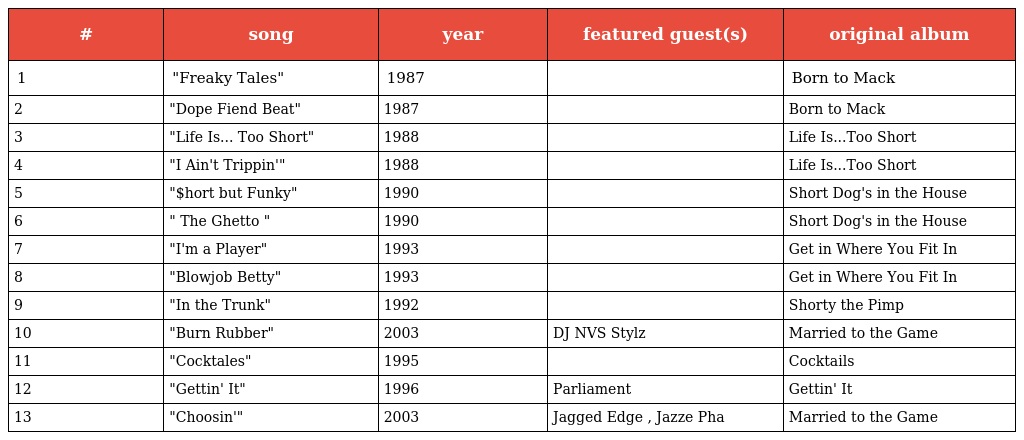
| # | song | year | featured guest(s) | original album |
 | --- | --- | --- | --- | --- |
 | 1 | "Freaky Tales" | 1987 |  | Born to Mack |
 | 2 | "Dope Fiend Beat" | 1987 |  | Born to Mack |
 | 3 | "Life Is... Too Short" | 1988 |  | Life Is...Too Short |
 | 4 | "I Ain't Trippin'" | 1988 |  | Life Is...Too Short |
 | 5 | "$hort but Funky" | 1990 |  | Short Dog's in the House |
 | 6 | " The Ghetto " | 1990 |  | Short Dog's in the House |
 | 7 | "I'm a Player" | 1993 |  | Get in Where You Fit In |
 | 8 | "Blowjob Betty" | 1993 |  | Get in Where You Fit In |
 | 9 | "In the Trunk" | 1992 |  | Shorty the Pimp |
 | 10 | "Burn Rubber" | 2003 | DJ NVS Stylz | Married to the Game |
 | 11 | "Cocktales" | 1995 |  | Cocktails |
 | 12 | "Gettin' It" | 1996 | Parliament | Gettin' It |
 | 13 | "Choosin'" | 2003 | Jagged Edge , Jazze Pha | Married to the Game |